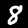
Digit: 8